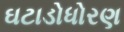
ઘટાડોધોરણ